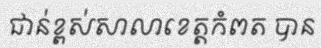
ជាន់ខ្ពស់សាលាខេត្តកំពត បាន